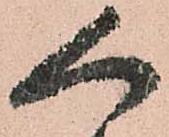
人